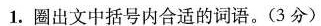
1.圈出文中括号内合适的词语。(3分)